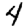
Digit: 4